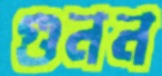
গুনন